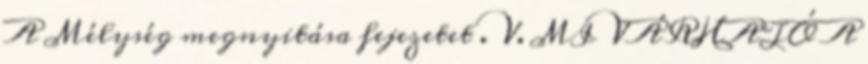
A Mélység megnyitása fejezetet . V. MI VÁRHATÓ A